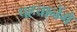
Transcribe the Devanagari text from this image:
पहचानेंगे